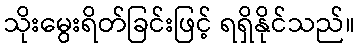
သိုးမွေးရိတ်ခြင်းဖြင့် ရရှိနိုင်သည်။